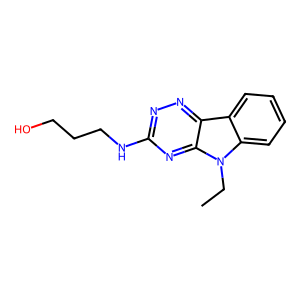
SMILES: CCn1c2ccccc2c2nnc(NCCCO)nc21
Inhibits HIV replication: No